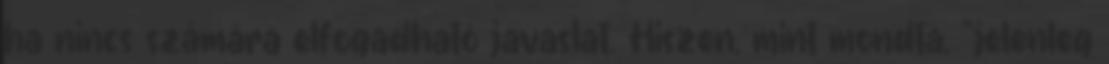
ha nincs számára elfogadható javaslat. Hiszen, mint mondta, "jelenleg